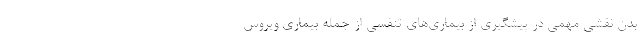
بدن نقشی مهمی در پیشگیری از بیماری‌های تنفسی از جمله بیماری ویروس